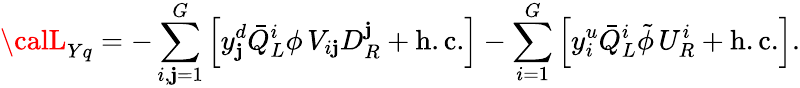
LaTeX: {\calL}_{Yq}=-\sum_{i,\mathbf{j}=1}^{G}\left[y_{\mathbf{j}}^{d}\bar{{Q}}_{L}^{i}\phi\, V_{i\mathbf{j}}D_{R}^{\mathbf{j}}+\mathrm{{h.c.}}\right]-\sum_{i=1}^{G}\left[y_{i}^{u}\bar{{Q}}_{L}^{i}\tilde{{\phi}}\, U_{R}^{i}+\mathrm{{h.c.}}\right].